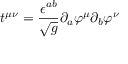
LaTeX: t ^ { \mu \nu } = \frac { \epsilon ^ { a b } } { \sqrt g } \partial _ { a } \varphi ^ { \mu } \partial _ { b } \varphi ^ { \nu }